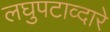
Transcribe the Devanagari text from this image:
लघुपटाव्दारे